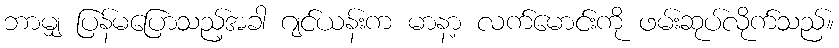
ဘာမျှ ပြန်မပြောသည့်အခါ ဂျင်ယန်းက မာနာ့ လက်မောင်းကို ဖမ်းဆုပ်လိုက်သည်။